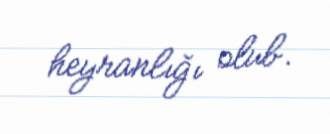
heyranlığı olub.